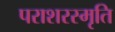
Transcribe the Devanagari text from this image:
पराशरस्मृति